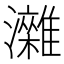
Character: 𤄖